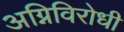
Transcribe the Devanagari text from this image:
अग्निविरोधी